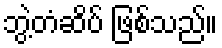
ဘွဲ့တံဆိပ် ဖြစ်သည်။